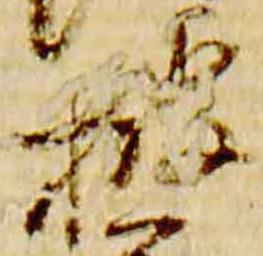
披